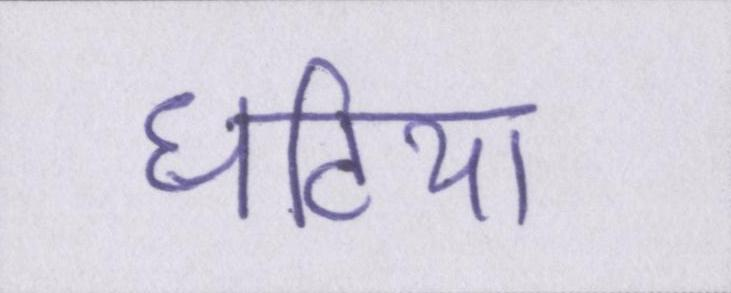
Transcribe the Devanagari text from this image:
घटिया